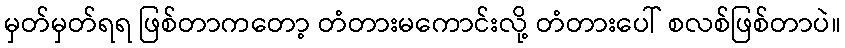
မှတ်မှတ်ရရ ဖြစ်တာကတော့ တံတားမကောင်းလို့ တံတားပေါ် စလစ်ဖြစ်တာပဲ။